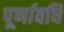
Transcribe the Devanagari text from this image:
पूर्णावधि